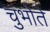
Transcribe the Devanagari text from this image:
चुभोते